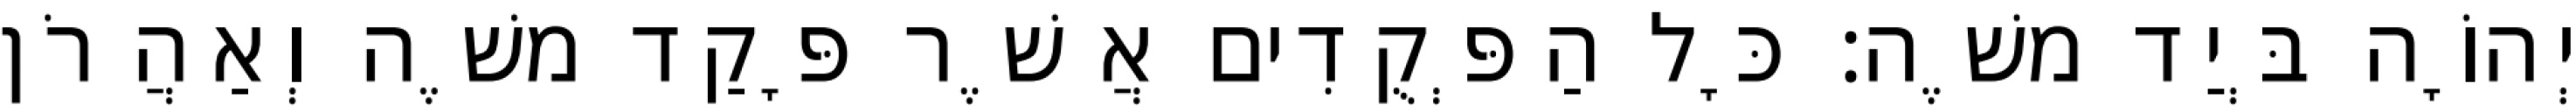
יְהוָֹה בְּיַד משֶׁה׃ כָּל הַפְּקֻדִים אֲשֶׁר פָּקַד משֶׁה וְאַהֲרֹן